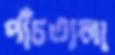
পাঁচতালা